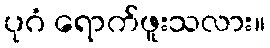
ပုဂံ ရောက်ဖူးသလား။